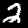
Digit: 2